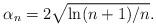
LaTeX: \begin{align*}\alpha_n = 2 \sqrt{\ln(n+1)/n}.\end{align*}